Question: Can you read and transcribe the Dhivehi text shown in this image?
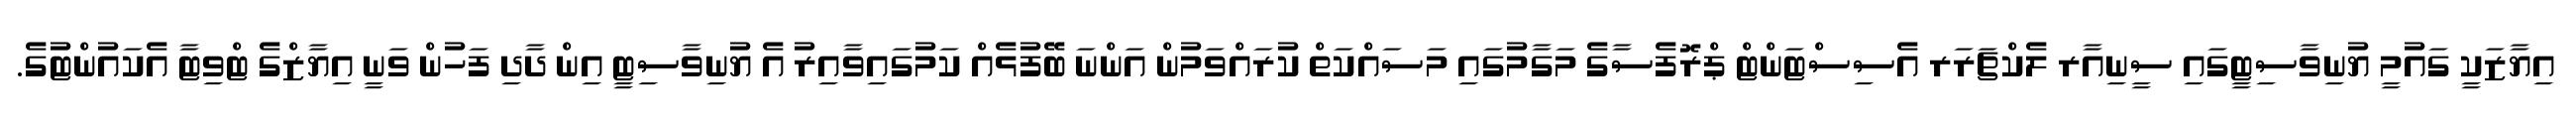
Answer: އިޔާޒަކީ ގައުމީ ޔުނިވާސިޓީގައި ސީނިއާރ ލެކްޗަރަރ އެސިސްޓަންޓް ޕްރޮފެސާގެ މަގާމުގައި މަސައްކަތް ކުރައްވަމުން އަންނަ ބޭފުޅެއް ކަމުގައިވާއިރު އެ ޔުނިވާސިޓީ އިން ދާދި ފަހުން ވަނީ އިޔާޒްގެ ޓްވިޓާ އެކައުންޓުގެ.